Calcutta medical institutions reports 1879-81 [i.e.91]
Year: 1879
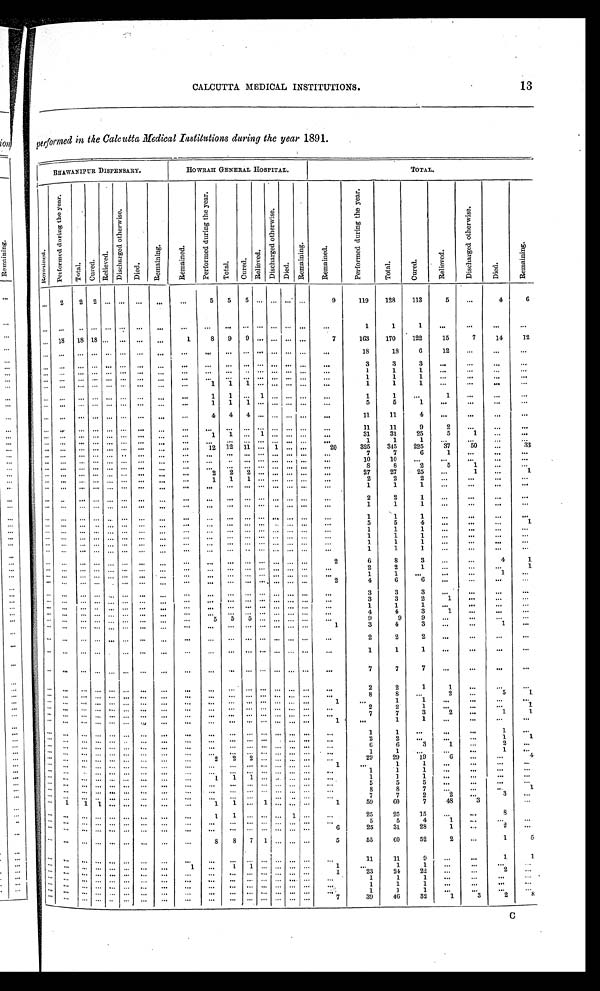
13
CALCUTTA MEDICAL INSTITUTIONS.
performed in the Calcutta Medical Institutions during the year 1891.
BHAWANIPUR DISPENSARY.
HOWRAH GENERAL HOSPITAL.
T O T A L .
R a m a i n e d .
P e r f o r m e d d u r i n g t h e y e a r .
T o t a l .
Cur e d.
R e l i e v e d .
D i s c h a r g e d o t h e r w i s e .
D i e d .
R e m a i n i n g .
R e m a i n e d .
P e r f o r m e d d u r i n g t h e y e a r .
T o t a l .
C u r e d .
R e l i e v e d .
D i s c h a r g e d o t h e r w i s e .
D i e d .
R e m a i n i n g .
R e m a i n e d .
P e r f o r m e d d u r i n g t h e y e a r .
T o t a l .
C u r e d .
R e l i e v e d .
D i s c h a r g e d o t h e r w i s e .
D i e d .
R e m a i n i n g .
. . . 2
2
2
. . .. . .
. . .
. . .
. . .
5
5
5
. . . . . .
. . . . . .
9
119
128
113
5
. . .
4
6
. . .
. . .
. . . . . .
. . . . . .
. . .
. . .
. . .
. . .
. . .
. . .
. . . . . .
. . .
. . .
. . .
1
1
1
. . .
. . .
. . .
. . .
. . . 18
18 18
. . . . . .
. . .
. . .
1
8
9
9
. . . . . .
. . .
. . .
7
163
170
122
15
7
14
12
. . .
. . .
. . . . . .
. . . . . .
. . .
. . .
. . .
. . .
. . .
. . .
. . . . . .
. . .
. . .
. . .
18
18
6
12
. . .
. . . . . .
. . .
. . .
. . .. . .
. . .. . .
. . .
. . .
. . .
. . .
. . .
. . .
. . . . . .
. . .
. . .
. . .
3
3
3
. . .
. . .
. . .
. . .
. . .
. . .
. . . . . .
. . . . . .
. . .
. . .
. . .
. . .
. . .
. . .
. . . . . .
. . .
. . .
. . .
1
1
1 . . .
. . . . . .
. . .
. . .
. . .
. . . . . .
. . . . . .
. . .
. . .
. . .
. . .
. . .
. . .
. . . . . .
. . .
. . .
. . .
1
1
1 . . .
. . .
. . .
. . .
. . .
. . .
. . . . . .
. . . . . .
. . .
. . .
. . .
1
1
1
. . . . . .
. . .
. . .
. . .
1
1
1
. . .
. . .
. . . . . .
. . .
. . .
. . . . . .
. . . . . .
. . .
. . .
. . .
1
1
. . . 1 . . .
. . .
. . .
. . .
1
1
. . .
1
. . .
. . .
. . .
. . .
. . .
. . .. . .
. . .. . .
. . .
. . .
. . .
1
1
1
. . . . . .
. . .
. . .
. . .
5
5
1
. . .
. . .
. . .
. . .
. . .
. . .
. . . . . .
. . . . . .
. . .
. . .
. . .
4
4
4
. . . . . .
. . .
. . .
. . .
11
11
4
. . .
. . .
. . .
. . .
. . .
. . .
. . .. . .
. . .. . .
. . .
. . .
. . . . . .
. . .
. . .
. . . . . .
. . .
. . .
. . .
11
11
9
2
. . .
. . .
. . .
. . .
. . .
. . . . . .
. . . . . .
. . .
. . .
. . .
1
1
. . . 1 . . .
. . .
. . .
. . .
31
31
25
5
1
. . .
. . .
. . .
. . .
. . . . . .
. . . . . .
. . .
. . .
. . . . . .
. . .
. . .
. . . . . .
. . .
. . .
. . .
1
1
1
. . .
. . . . . .
. . .
. . .
. . .
. . . . . .
. . .. . .
. . .
. . .
. . .
12
1 2
1 1
. . . 1
. . .
. . .
20
325
345
225
37
50
. . .
33
. . .
. . .
. . . . . .
. . . . . .
. . .
. . .
. . .
. . .
. . .
. . .
. . . . . .
. . .
. . .
. . .
7
7
6
1
. . .
. . .
. . .
. . .
. . .
. . . . . .
. . . . . .
. . .
. . .
. . . . . .
. . .
. . .
. . . . . .
. . .
. . .
. . .
10
10
. . .
. . .
. . .
. . .
. . .
. . .
. . .
. . . . . .
. . . . . .
. . .
. . .
. . . . . .
. . .
. . .
. . . . . .
. . .
. . .
. . .
8
8
2
5
1
. . .
. . .
. . .
. . .
. . . . . .
. . .. . .
. . .
. . .
. . . 2
2
2
. . . . . .
. . .
. . .
. . .
27
27
25
. . .
1 . . .
1
. . .
. . .
. . . . . .
. . . . . .
. . .
. . .
. . .
1
1
1
. . . . . .
. . .
. . .
. . .
2
2
2 . . .
. . . . . .
. . .
. . .
. . .
. . .. . .
. . .. . .
. . .
. . .
. . . . . .
. . .
. . .
. . . . . .
. . .
. . .
. . .
1
1
1
. . .
. . .
. . .
. . .
. . .
. . .
. . .. . .
. . .. . .
. . .
. . .
. . . . . .
. . .
. . .
. . . . . .
. . .
. . .
. . .
2
2
1
. . .
. . .
. . .
. . .
. . .
. . .
. . . . . .
. . . . . .
. . .
. . .
. . .
. . .
. . .
. . .
. . . . . .
. . .
. . .
. . .
1
1
1 . . .
. . . . . .
. . .
. . .
. . .
. . . . . .
. . . . . .
. . .
. . .
. . . . . .
. . .
. . .
. . . . . .
. . .
. . .
. . .
1
1
1
. . .
. . .
. . .
. . .
. . .
. . .
. . .
. . .
. . . . . .
. . .
. . .
. . .
. . .
. . .
. . .
. . .
. . .
. . .
. . .
. . .
5
5
4
. . .
. . .
. . .
1
. . .
. . .
. . . . . .
. . . . . .
. . .
. . .
. . .
. . .
. . .
. . . . . . . . .
. . .
. . .
. . .
1
1
1
. . .
. . . . . .
. . .
. . .
. . .
. . . . . .
. . . . . .
. . .
. . .
. . . . . .
. . .
. . .
. . .
. . .
. . .
. . .
. . .
1
1
1 . . .
. . . . . .
. . .
. . .
. . .
. . . . . .
. . . . . .
. . .
. . .
. . . . . .
. . .
. . .
. . . . . .
. . .
. . .
. . .
1
1
1
. . .
. . . . . .
. . .
. . .
. . .
. . . . . .
. . . . . .
. . .
. . .
. . .
. . .
. . .
. . .
. . . . . .
. . .
. . .
. . .
1
1
1
. . .
. . . . . .
. . .
. . .
. . .
. . . . . .
. . . . . .
. . .
. . .
. . .
. . .
. . .
. . .
. . . . . .
. . .
. . .
2
6
8
3
. . .
. . .
4
1
. . .
. . .
. . . . . .
. . .. . .
. . .
. . .
. . . . . .
. . .
. . .
. . . . . .
. . .
. . .
. . .
2
2
1
. . .
. . .
. . .
1
. . .
. . .
. . . . . .
. . . . . .
. . .
. . .
. . .
. . .
. . .
. . .
. . . . . .
. . .
. . .
. . .
1
1
. . . . . .
. . .
1
. . .
. . .
. . .
. . . . . .
. . .. . .
. . .
. . .
. . . . . .
. . .
. . .
. . . . . .
. . .
. . .
2
4
6
6
. . .
. . .
. . . . . .
. . .
. . .
. . . . . .
. . . . . .
. . .
. . .
. . .
. . .
. . .
. . .
. . . . . .
. . .
. . .
. . .
3
3
3
. . .
. . .
. . .
. . .
. . .
. . .
. . . . . .
. . . . . .
. . .
. . .
. . . . . .
. . .
. . .
. . . . . .
. . .
. . .
. . .
3
3
2
1
. . .
. . . . . .
. . .
. . .
. . .. . .
. . .. . .
. . .
. . .
. . . . . .
. . .
. . .
. . . . . .
. . .
. . .
. . .
1
1
1
. . .
. . . . . .
. . .
. . .
. . .
. . . . . .
. . .. . .
. . .
. . .
. . . . . .
. . .
. . .
. . . . . .
. . .
. . .
. . .
4
4
3
1
. . .
. . .
. . .
. . .
. . .
. . . . . .
. . . . . .
. . .
. . .
. . . . . .
. . .
. . .
. . . . . .
. . .
. . .
. . .
9
9
9
. . .
. . . . . .
. . .
. . .
. . .
. . .. . .
. . .. . .
. . .
. . .
. . .
. . .
. . .
. . .
. . . . . .
. . . . . .
1
3
4
3
. . .
. . .
1
. . .
. . .
. . .
. . .. . .
. . .. . .
. . .
. . .
. . . . . .
. . .
. . .
. . . . . .
. . .
. . .
. . .
2
2
2
. . .
. . .
. . .
. . .
. . .
. . .
. . . . . .
. . . . . .
. . .
. . .
. . . . . .
. . .
. . .
. . . . . .
. . .
. . .
. . .
1
1
1
. . .
. . .
. . .
. . .
. . .
. . .
. . . . . .
. . . . . .
. . .
. . .
. . . . . .
. . .
. . .
. . . . . .
. . . . . .
. . .
7
7
7
. . .
. . .
. . .
. . .
. . .
. . .
. . . . . .
. . . . . .
. . .
. . .
. . .
. . .
. . .
. . .
. . .
. . .
. . .
. . .
. . .
2
2
1
1
. . .
. . .
. . .
. . .
. . .
. . . . . .
. . . . . .
. . .
. . .
. . .
. . .
. . .
. . .
. . . . . .
. . .
. . .
. . .
8
8
. . .
2
. . .
5
1
. . .
. . .
. . .. . .
. . .. . .
. . .
. . .
. . .
. . .
. . .
. . .
. . .
. . .
. . . . . .
1
. . .
1
1
. . .
. . .
. . .
. . .
. . .
. . .
. . .. . .
. . .. . .
. . .
. . .
. . .
. . .
. . .
. . .
. . . . . .
. . .
. . .
. . .
2
2
1
. . .
. . .
. . .
1
. . .
. . .
. . . . . .
. . . . . .
. . .
. . .
. . .
. . .
. . .
. . .
. . .
. . .
. . .
. . .
. . .
7
7
3
2
. . .
1
1
. . .
. . .
. . .. . .
. . .. . .
. . .
. . .
. . . . . .
. . .
. . .
. . . . . .
. . .
. . .
1
. . .
1
1
. . .
. . .
. . .
. . .
. . .
. . .
. . .. . .
. . .. . .
. . .
. . .
. . .
. . .
. . .
. . .
. . . . . .
. . .
. . .
. . .
1
1
. . .
. . .
. . .
1
. . .
. . .
. . .
. . .. . .
. . .. . .
. . .
. . .
. . .
. . .
. . .
. . .
. . . . . .
. . .
. . .
. . .
2
2
. . .
. . .
. . .
1
1
. . .
. . .
. . . . . .
. . . . . .
. . .
. . .
. . .
. . .
. . .
. . .
. . . . . .
. . .
. . .
. . .
6
6 3
1
. . .
2
. . .
. . .
. . .
. . . . . .
. . . . . .
. . .
. . .
. . .
. . .
. . .
. . .
. . . . . .
. . .
. . .
. . .
1
1
. . .
. . .
. . .
1 . . .
. . .
. . .
. . . . . .
. . . . . .
. . .
. . .
. . .
2
2
2
. . . . . .
. . .
. . .
. . .
29
29
19
6
. . .
. . .
4
. . .
. . .
. . .. . .
. . . . . .
. . .
. . .
. . .
. . .
. . .
. . .
. . . . . .
. . .
. . .
1
. . .
1
1 . . .
. . .
. . .
. . .
. . .
. . .
. . . . . .
. . . . . .
. . .
. . .
. . .
. . .
. . .
. . .
. . . . . .
. . .
. . .
. . .
1
1
1
. . .
. . .
. . . . . .
. . .
. . .
. . . . . .
. . . . . .
. . .
. . .
. . . 1
1
1
. . . . . .
. . .
. . .
. . .
1
1
1
. . .
. . .
. . .
. . .
. . .
. . .
. . . . . .
. . . . . .
. . .
. . .
. . .
. . .
. . .
. . .
. . . . . .
. . .
. . .
. . .
5
5
5
. . .
. . .
. . .
. . .
. . .
. . .
. . .. . .
. . .. . .
. . .
. . .
. . .
. . .
. . .
. . .
. . . . . .
. . .
. . .
. . .
8
8
7 . . .
. . . . . .
1
. . .
. . .
. . .. . .
. . .. . .
. . .
. . .
. . . . . .
. . .
. . .
. . . . . .
. . .
. . .
. . .
7
7
2
2
. . . 3
. . .
. . .
1
1 1
. . . . . .
. . .
. . .
. . .
1
1
. . .
1 . . .
. . .
. . .
1
59
6 0
7
48
3
. . .
. . .
. . .
. . . . . .
. . . . . .
. . .
. . .
. . . 1
1
. . .
. . . . . .
1
. . .
. . .
25
25
15
. . .
. . .
8
. . .
. . .
. . .. . .
. . . . . .
. . .
. . .
. . .
. . .
. . .
. . .
. . . . . .
. . .
. . .
. . .
5
5
4 1
. . .
. . . . . .
. . .
. . .
. . . . . .
. . . . . .
. . .
. . .
. . .
. . .
. . .
. . .
. . . . . .
. . .
. . .
6
25
31
28
1
. . .
2
. . .
. . .
. . .
. . . . . .
. . . . . .
. . .
. . .
. . .
8
8
7
1 . . .
. . .
. . .
5
55
6 0
52
2
. . .
1
5
. . .
. . .
. . . . . .
. . . . . .
. . .
. . .
. . .
. . .
. . .
. . .
. . . . . .
. . .
. . .
. . .
11
11
9
. . .
. . .
1
1
. . .
. . .
. . . . . .
. . . . . .
. . .
. . .
1
. . .
1
1
. . . . . .
. . . . . .
1
. . .
1
1
. . .
. . .
. . .
. . .
. . .
. . .
. . .. . .
. . .. . .
. . .
. . .
. . . . . .
. . .
. . .
. . . . . .
. . .
. . .
1
2 3
24
22 . . .
. . .
2
. . .
. . .
. . .
. . . . . .
. . . . . .
. . .
. . .
. . .
. . .
. . .
. . .
. . . . . .
. . .
. . .
. . .
1
1
1
. . .
. . .
. . . . . .
. . .
. . .
. . . . . .
. . .. . .
. . .
. . .
. . .
. . .
. . .
. . .
. . . . . .
. . .
. . .
. . .
1
1
1
. . .
. . .
. . . . . .
. . .
. . .
. . . . . .
. . . . . .
. . .
. . .
. . .
. . .
. . .
. . .
. . . . . .
. . .
. . .
. . . 1
1
1
. . .
. . .
. . . . . .
. . .
. . .
. . . . . .
. . . . . .
. . .
. . .
. . .
. . .
. . .
. . .
. . . . . .
. . .
. . . 7
39
46
32
1
3
2
8